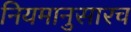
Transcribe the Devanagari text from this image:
नियमानुसारच